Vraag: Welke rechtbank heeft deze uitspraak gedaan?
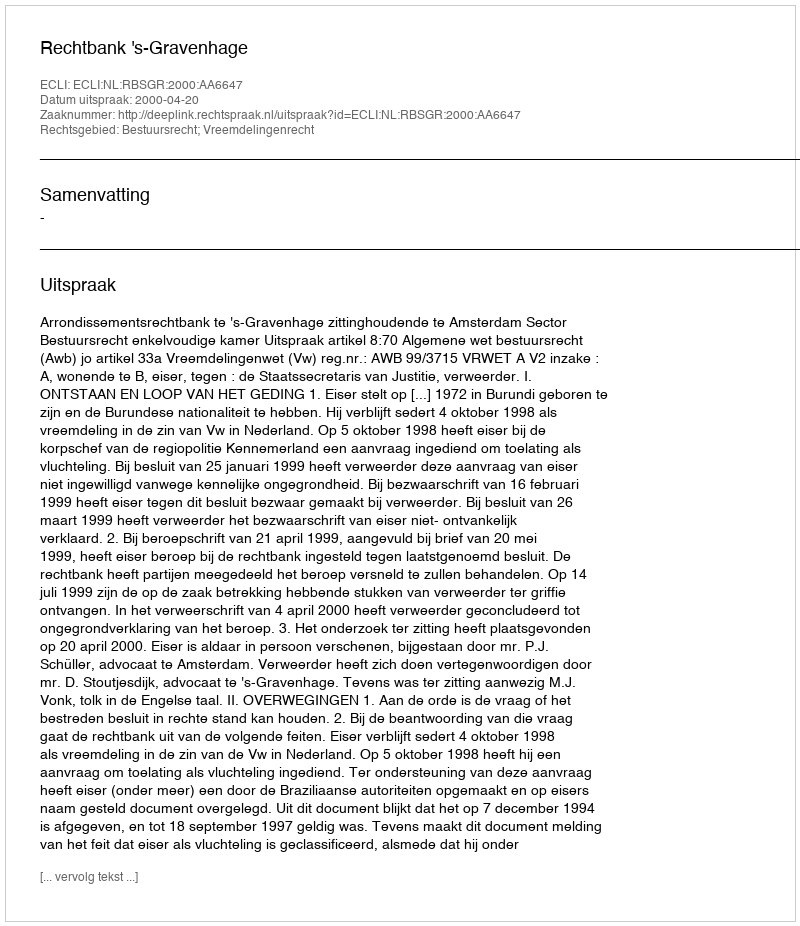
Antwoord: Rechtbank 's-Gravenhage